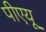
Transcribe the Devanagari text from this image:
पीएयू